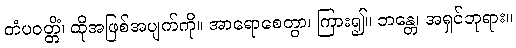
တံပဝတ္တိံ၊ ထိုအဖြစ်အပျက်ကို။ အာရောစေတွာ၊ ကြား၍။ ဘန္တေ၊ အရှင်ဘုရား။